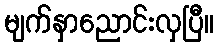
မျက်နှာညောင်းလှပြီ။